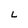
Character: L